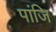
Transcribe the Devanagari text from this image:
पांजि